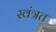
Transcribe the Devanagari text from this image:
स्वंत्रत